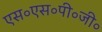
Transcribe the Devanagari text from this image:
एस॰एस॰पी॰जी॰